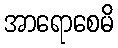
အာရောစေမိ